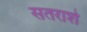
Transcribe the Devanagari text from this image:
सतराशे